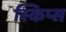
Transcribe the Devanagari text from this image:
स्किप्स